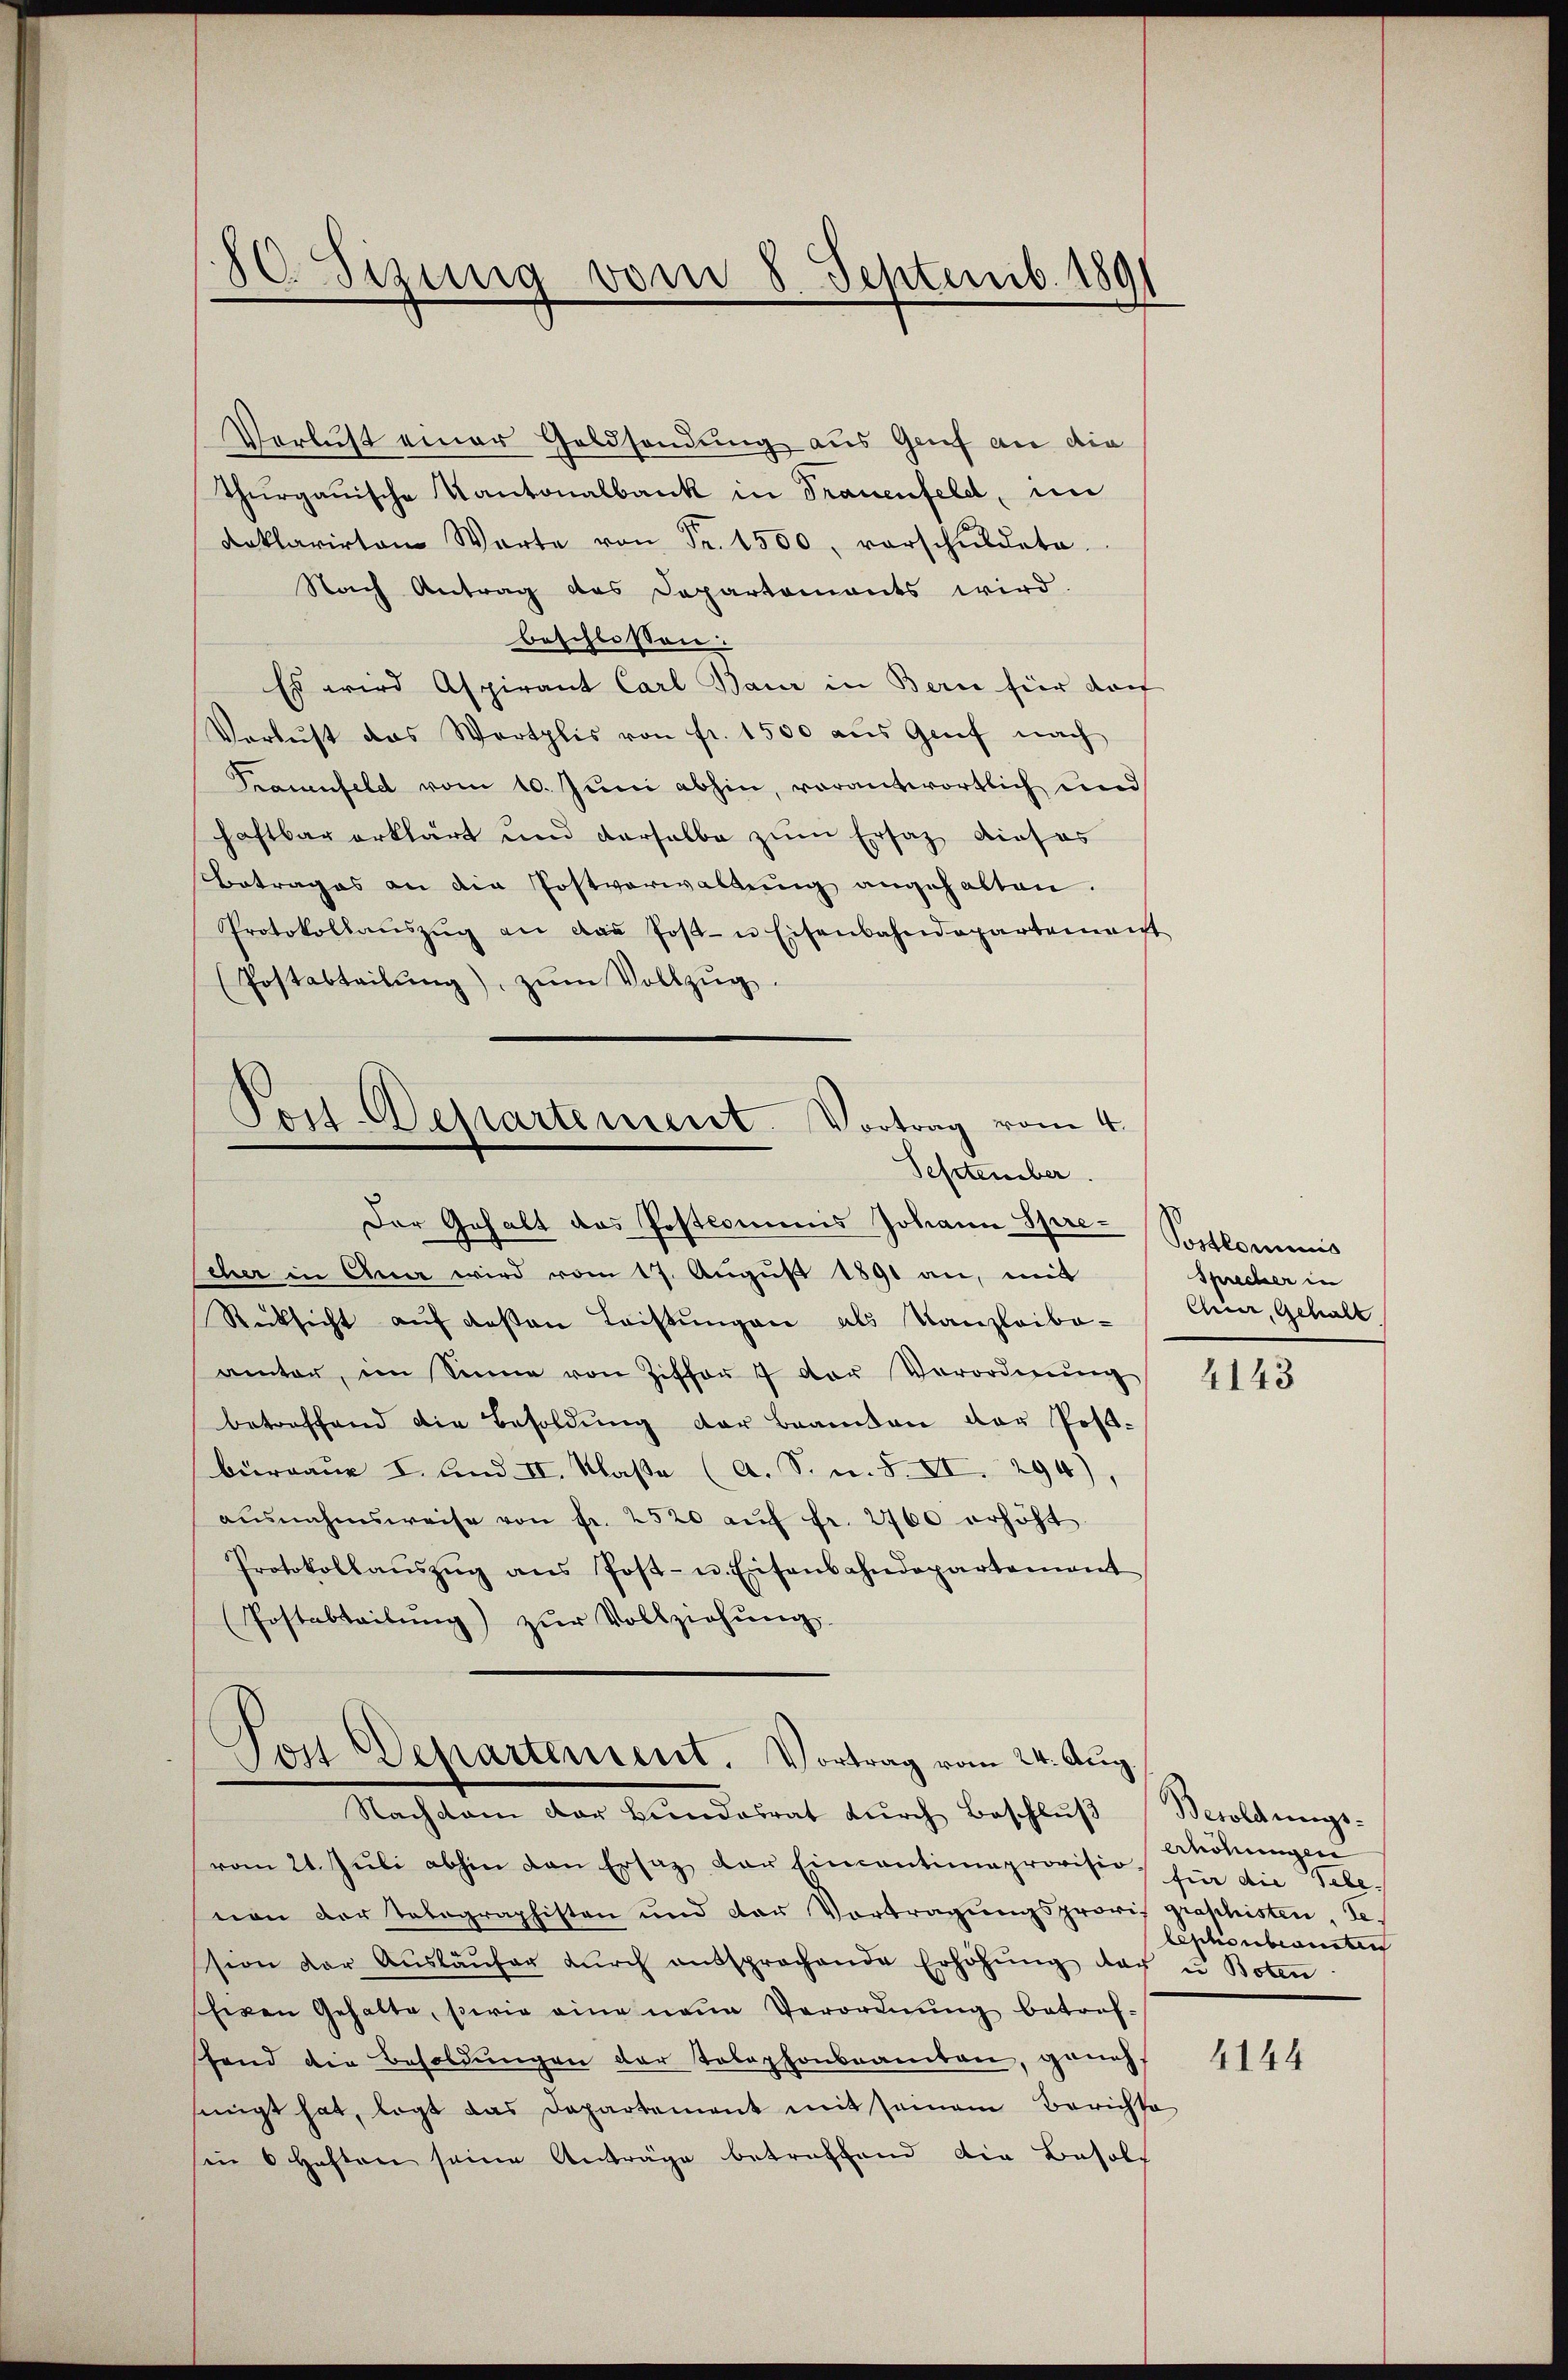
80. Sizung vom 8. Septemb. 189

Verlust einer Geldsendung aus Genf an die
Thurgauische Kantonalbank in Trauenfeld, im
Doklarirten Warte von Fr. 1500, vorschŭldete.
Nach Antrag des Departements wird.
beschlossen:
Es wird Aspirant Carl Baur in Bern hier dort
Verlust das Werthlis von fr. 1500 aŭs Genf nach
Trauenfeld vom 10. Juni abhin, vorantwortlich und
haftbar erklärt und derselbe zum Ersatz dieses
Betrages an die Postverwaltung angehalten.
Protokollaŭszŭg an das Post- u Eisenbahndepartement
(Postabteilŭng, zŭm Vollzŭg.
Post-Departement. Vortrag vom 4.
September.
Der Gehalt das Postcommis Johann Spre-
scher in Ana wird vom 17. August 1891 an, mit
Rücksicht auf deßen Leistungen als Kanzleibe- Chur, Gehalt
amter, im Sinne von Ziffer 7 der Verordnŭng
betreffend die Besoldŭng der Beamten der Post-
büraue I. And. II. Klasse (A. S. u. S. XI. 294),
ausnahmsweise von fr. 2520 aŭf Fr. 2700 erhöht
Protokollaŭszŭg ans Post- u. Eisenbahndepartement
Postabteilŭng zŭr Vollziehŭng.

Ton Departement. Vortrag vom 24. Aug.

Nachdem der Bŭndesrat dŭrch Beschlŭβ (Besoldungs-
vom 21. Jŭli abhin den Ersatz der Eincantinaprovisio, für die Telenon der Telegraphisten und der Vortragŭngsprovi graphisten, de
sion der Aŭsläŭfer dŭrch entsprochende Erhöhŭng der u Boten
heren Gehalte, sowie eine neue Verordnŭng betroffand die Besoldungen der Telephonbeamten, genehsinigt hat, legt das Departement mit seinem Berichte
sin 6 haften seine Anträge betreffend die Besol¬

Postlominis
Sprecher in

4143

höhungen
lephonbeamten

4144